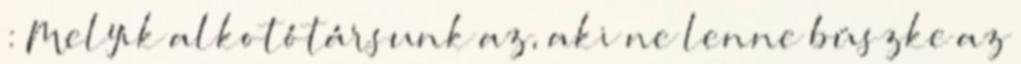
: Melyik alkotótársunk az, aki ne lenne büszke az